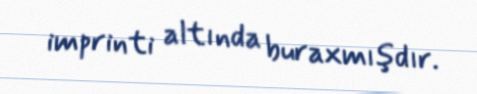
imprinti altında buraxmışdır.